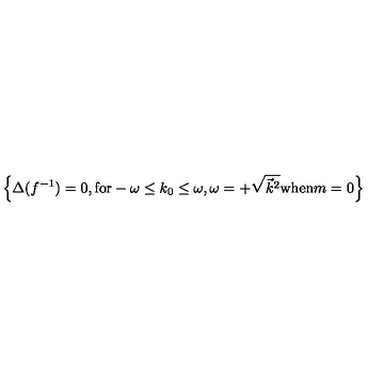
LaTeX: \left\{ \Delta ( f ^ { - 1 } ) = 0 , \mathrm { f o r } - \omega \le k _ { 0 } \le \omega , \omega = + \sqrt { \vec { k } ^ { 2 } } \mathrm { w h e n } m = 0 \right\}